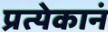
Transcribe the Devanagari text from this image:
प्रत्येकानं